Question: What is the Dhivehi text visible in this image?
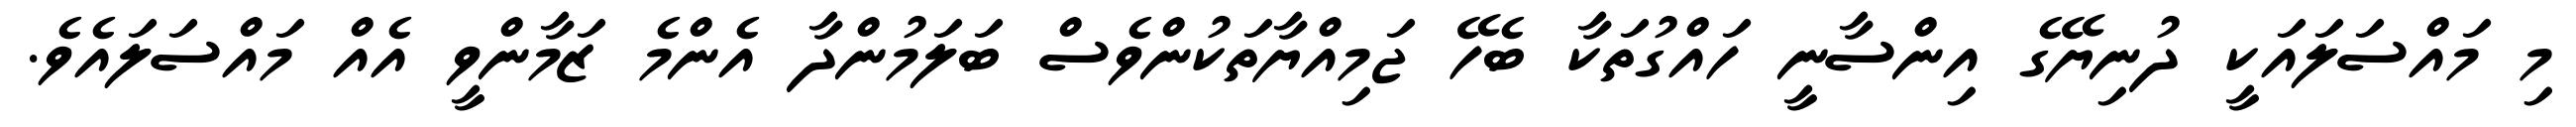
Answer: މި މައްސަލައަކީ ދުނިޔޭގެ އިންސާނީ ހައްގުތަކާ ބެހޭ ޖަމިއްޔާތަކުންވެސް ބަލަމުންދާ އެންމެ ޒަމާންވީ އެއް މައްސަލައެވެ.